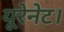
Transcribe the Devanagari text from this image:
यूरेनेट।